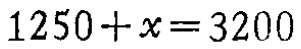
\(1250 + x = 3200\)